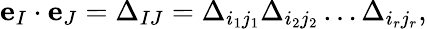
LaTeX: {\mathbf e}_{I}\cdot{\mathbf e}_{J}=\Delta_{IJ}=\Delta_{i_{1}j_{1}}\Delta_{i_{2}j_{2}}\dots\Delta_{i_{r}j_{r}},